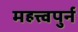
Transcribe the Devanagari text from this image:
महत्त्वपुर्न